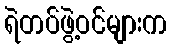
ရဲတပ်ဖွဲ့ဝင်များက